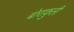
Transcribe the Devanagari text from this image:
बोराकुली